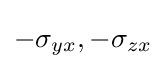
-\sigma _{yx},-\sigma _{zx}